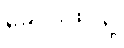
ခေါင်းထဲသို့